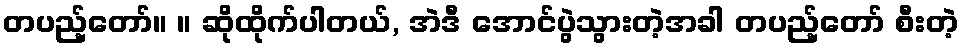
တပည့်တော်။ ။ ဆိုထိုက်ပါတယ်, အဲဒီ အောင်ပွဲသွားတဲ့အခါ တပည့်တော် စီးတဲ့